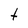
Character: t